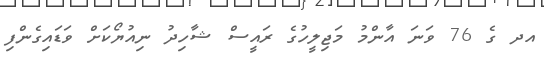
އދ ގެ 76 ވަނަ އާންމު މަޖިލީހުގެ ރައީސް ޝާހިދު ނިއުޔޯކަށް ވަޑައިގެންފި